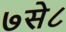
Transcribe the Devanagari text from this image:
७से८